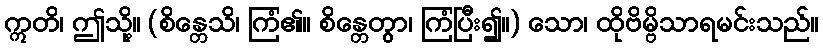
ဣတိ၊ ဤသို့။ (စိန္တေသိ၊ ကြံ၏။ စိန္တေတွာ၊ ကြံပြီး၍။) သော၊ ထိုဗိမ္ဗိသာရမင်းသည်။